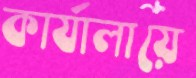
কার্যালায়ে